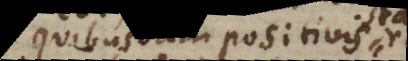
quibusdam positivis